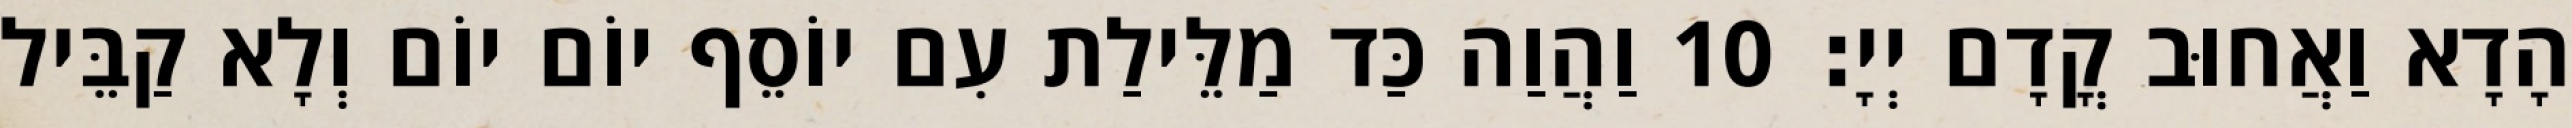
הָדָא וַאֲחוּב קֳדָם יְיָ׃ 10 וַהֲוַה כַּד מַלֵּילַת עִם יוֹסֵף יוֹם יוֹם וְלָא קַבֵּיל